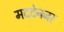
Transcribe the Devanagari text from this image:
मददेनजर